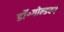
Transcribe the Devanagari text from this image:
डॉ॰गोल्डबर्ग